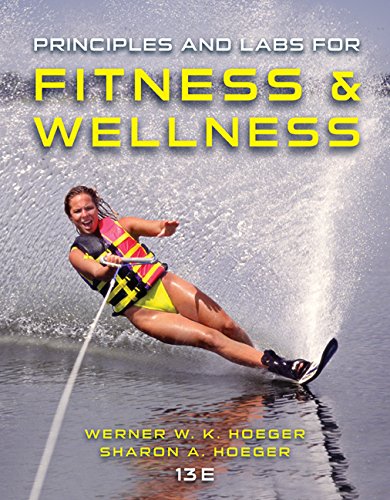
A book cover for Principles and Labs for Fitness and Wellness; Wener W.K. Hoeger; Medical Books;